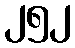
၂၅၂